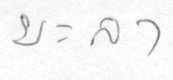
ยะลา